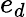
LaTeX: e_{d}